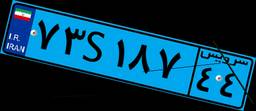
۷۳S۱۸۷۴۴